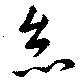
怠